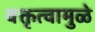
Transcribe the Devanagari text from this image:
वक्तृत्वामुळे